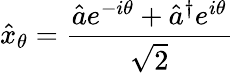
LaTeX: \hat{x}_{\theta}=\frac{\hat{a}e^{-i\theta}+\hat{a}^{\dagger}e^{i\theta}}{\sqrt{2}}